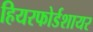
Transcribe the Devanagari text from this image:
हियरफोर्डशायर